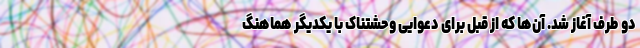
دو طرف آغاز شد. آن‌ها که از قبل برای دعوایی وحشتناک با یکدیگر هماهنگ